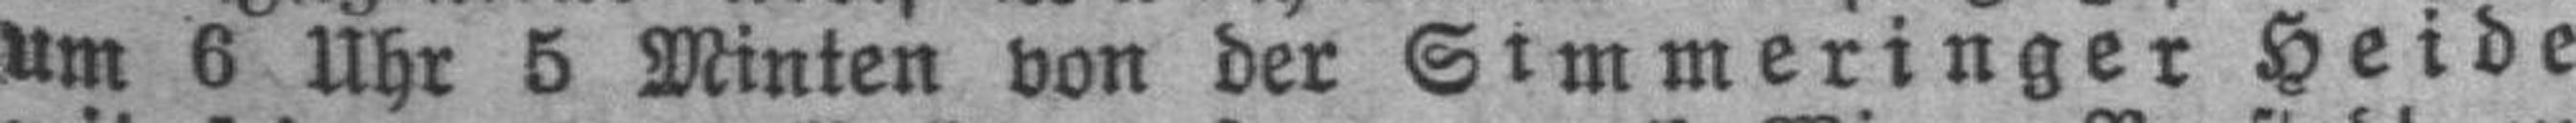
Um 6 Uhr 5 Minten von der Simmeringer Heide